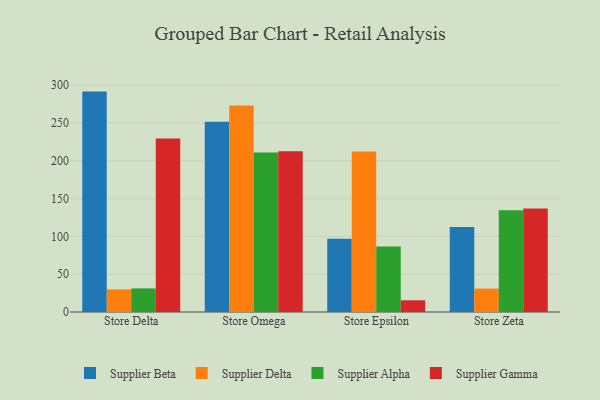
{"axis": {"x": "Store", "y": "Revenue (USD Million)"}, "legend": ["Supplier Alpha", "Supplier Beta", "Supplier Delta", "Supplier Gamma"], "data": [{"x": "Store Delta", "y": 291.6, "type": "Supplier Beta"}, {"x": "Store Delta", "y": 29.9, "type": "Supplier Delta"}, {"x": "Store Delta", "y": 31.2, "type": "Supplier Alpha"}, {"x": "Store Delta", "y": 229.7, "type": "Supplier Gamma"}, {"x": "Store Omega", "y": 251.8, "type": "Supplier Beta"}, {"x": "Store Omega", "y": 273.3, "type": "Supplier Delta"}, {"x": "Store Omega", "y": 211.1, "type": "Supplier Alpha"}, {"x": "Store Omega", "y": 212.7, "type": "Supplier Gamma"}, {"x": "Store Epsilon", "y": 96.9, "type": "Supplier Beta"}, {"x": "Store Epsilon", "y": 212.3, "type": "Supplier Delta"}, {"x": "Store Epsilon", "y": 86.5, "type": "Supplier Alpha"}, {"x": "Store Epsilon", "y": 15.5, "type": "Supplier Gamma"}, {"x": "Store Zeta", "y": 112.4, "type": "Supplier Beta"}, {"x": "Store Zeta", "y": 31.0, "type": "Supplier Delta"}, {"x": "Store Zeta", "y": 134.7, "type": "Supplier Alpha"}, {"x": "Store Zeta", "y": 136.9, "type": "Supplier Gamma"}]}